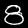
Label: 8